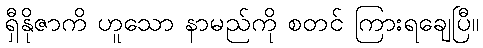
ရှီနိုဇာကိ ဟူသော နာမည်ကို စတင် ကြားရချေပြီ။